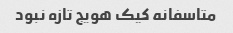
متاسفانه کیک هویج تازه نبود